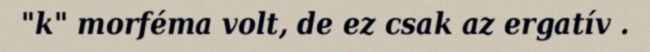
"k" morféma volt, de ez csak az ergatív .